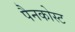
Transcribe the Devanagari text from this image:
पैनकोस्ट